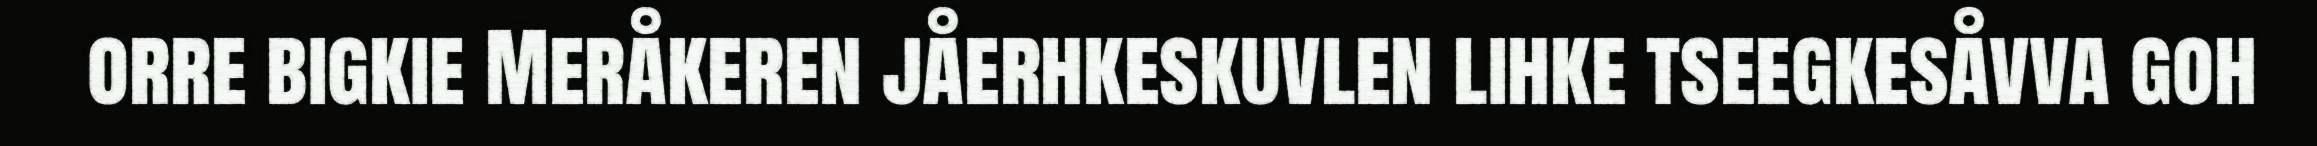
orre bigkie Meråkeren jåerhkeskuvlen lihke tseegkesåvva goh